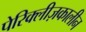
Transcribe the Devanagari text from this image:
पेरिक्लीज़कालीन